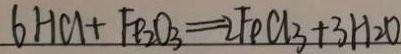
6 H C l + F e _ { 2 } O _ { 3 } = 2 F e C l _ { 3 } + 3 H _ { 2 } O